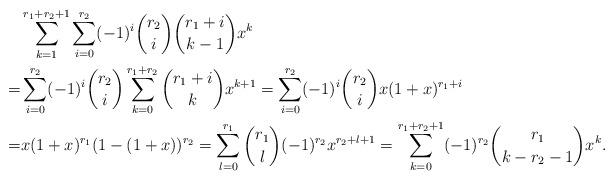
LaTeX: \begin{align*} & \sum_{k=1}^{r_1+r_2+1}\sum_{i=0}^{r_2}(-1)^i\binom{r_2}{i}\binom{r_1+i}{k-1}x^k\\=&\sum_{i=0}^{r_2}(-1)^i\binom{r_2}{i}\sum_{k=0}^{r_1+r_2}\binom{r_1+i}{k} x^{k+1}=\sum_{i=0}^{r_2}(-1)^i\binom{r_2}{i}x(1+x)^{r_1+i}\\=&x(1+x)^{r_1}(1-(1+x))^{r_2}=\sum_{l=0}^{r_1}\binom{r_1}{l}(-1)^{r_2}x^{r_2+l+1}=\sum_{k=0}^{r_1+r_2+1}(-1)^{r_2}\binom{r_1}{k-r_2-1}x^k.\end{align*}